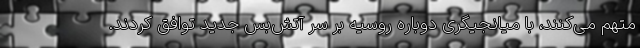
متهم می‌کنند، با میانجیگری دوباره روسیه بر سر آتش‌بس جدید توافق کردند.